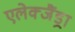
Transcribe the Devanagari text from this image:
एलेक्जैंड्रा